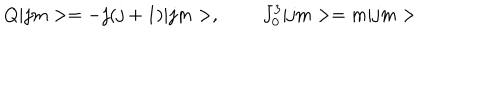
Q | j m > = - j ( j + 1 ) | j m > , \; \; J _ { 0 } ^ { 3 } | j m > = m | j m >